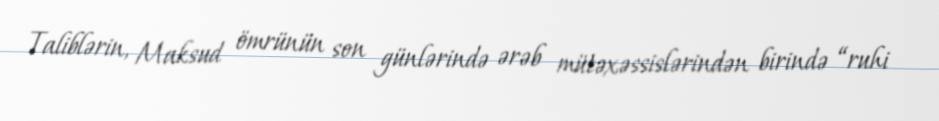
Taliblərin, Maksud ömrünün son günlərində ərəb mütəxəssislərindən birində “ruhi